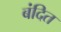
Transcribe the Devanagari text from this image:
बंदित